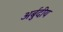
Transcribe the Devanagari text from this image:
अर्बुदीय